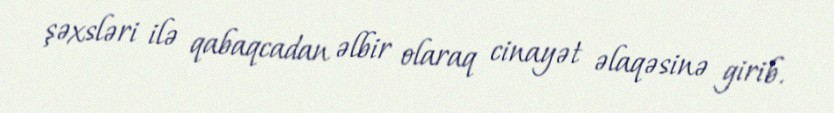
şəxsləri ilə qabaqcadan əlbir olaraq cinayət əlaqəsinə girib.